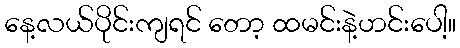
နေ့လယ်ပိုင်းကျရင် တော့ ထမင်းနဲ့ဟင်းပေါ့။